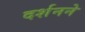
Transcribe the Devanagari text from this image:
दर्शनने